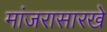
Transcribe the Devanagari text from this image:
मांजरासारखे